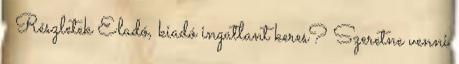
Részletek Eladó, kiadó ingatlant keres? Szeretne venni